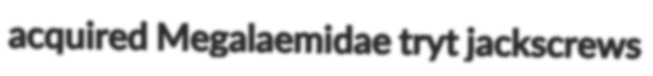
acquired Megalaemidae tryt jackscrews